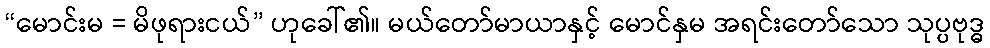
“မောင်းမ = မိဖုရားငယ်” ဟုခေါ်၏။ မယ်တော်မာယာနှင့် မောင်နှမ အရင်းတော်သော သုပ္ပဗုဒ္ဓ